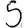
Digit: 5